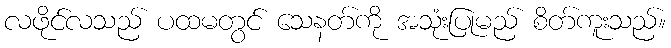
လဖိုင်လသည် ပထမတွင် သေနတ်ကို အသုံးပြုမည် စိတ်ကူးသည်။